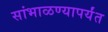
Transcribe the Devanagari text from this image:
सांभाळण्यापर्यंत